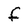
Character: f